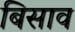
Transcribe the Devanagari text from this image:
बिसाव